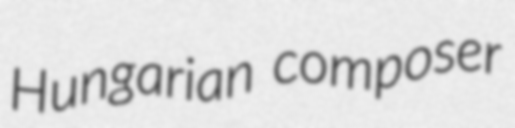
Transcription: Hungarian composer